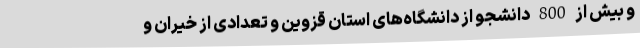
و بیش از 800 دانشجو از دانشگاه‌های استان قزوین و تعدادی از خیران و